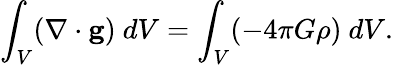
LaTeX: \int_{V}(\nabla\cdot\mathbf{g})\ dV=\int_{V}(-4\pi G\rho)\ dV.